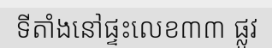
ទីតាំងនៅផ្ទះលេខ៣៣ ផ្លូវ